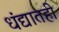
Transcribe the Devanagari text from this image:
धंद्यातही